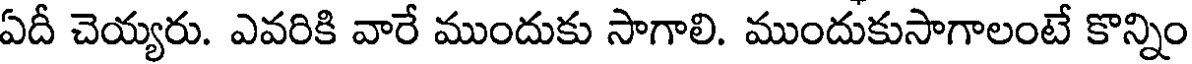
ఏదీ చెయ్యరు. ఎవరికి వారే ముందుకు సాగాలి. ముందుకుసాగాలంటే కొన్నిం